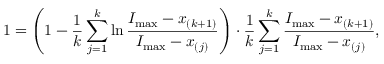
1 = \left( 1 - \frac 1 k \sum _ { j = 1 } ^ { k } \ln \frac { I _ { \operatorname* { m a x } } - x _ { ( k + 1 ) } } { I _ { \operatorname* { m a x } } - x _ { ( j ) } } \right) \cdot \frac 1 k \sum _ { j = 1 } ^ { k } \frac { I _ { \operatorname* { m a x } } - x _ { ( k + 1 ) } } { I _ { \operatorname* { m a x } } - x _ { ( j ) } } ,